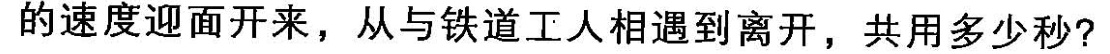
的速度迎面开来，从与铁道工人相遇到离开，共用多少秒?